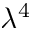
\lambda ^ { 4 }